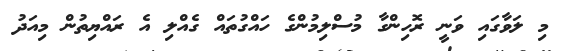
މި ލަވާގައި ވަނީ ރޮހިންގާ މުސްލިމުންގެ ހައްގުތައް ގެއްލި އެ ރައްޔިތުން މިއަދު